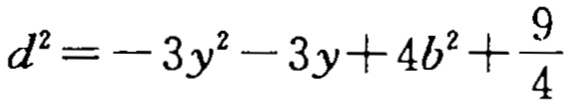
\[d^{2}=-3y^{2}-3y + 4b^{2}+\frac{9}{4}\]